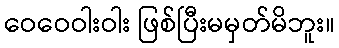
ဝေဝေဝါးဝါး ဖြစ်ပြီးမမှတ်မိဘူး။